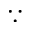
\because